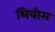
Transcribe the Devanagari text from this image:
थिवीम